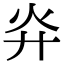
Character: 灷